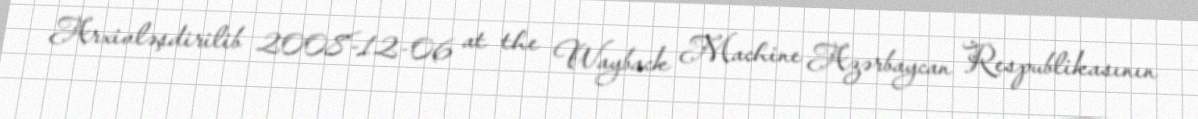
Arxivləşdirilib 2008-12-06 at the Wayback Machine Azərbaycan Respublikasının